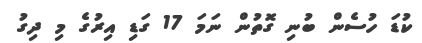
ކުޑަ ހުސެން ބުނި ގޮތުން ނަމަ 17 ގަޑި އިރުގެ މި ދިގު